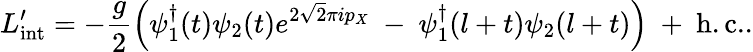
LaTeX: L_{\mathrm{int}}^{\prime}=-{\frac{g}{2}}\Bigl(\psi_{1}^{\dagger}(t)\psi_{2}(t)e^{2\sqrt{2}\pi ip_{X}}\ -\ \psi_{1}^{\dagger}(l+t)\psi_{2}(l+t)\Bigr)\ +\ \mathrm{h.c.}.